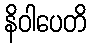
နိဝါပေတိ